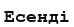
Есенді